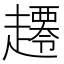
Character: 𧾇